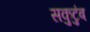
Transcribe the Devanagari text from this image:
सकुटुंब